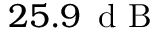
2 5 . 9 \, \textrm { d B }